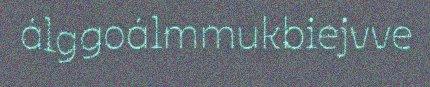
álggoálmmukbiejvve